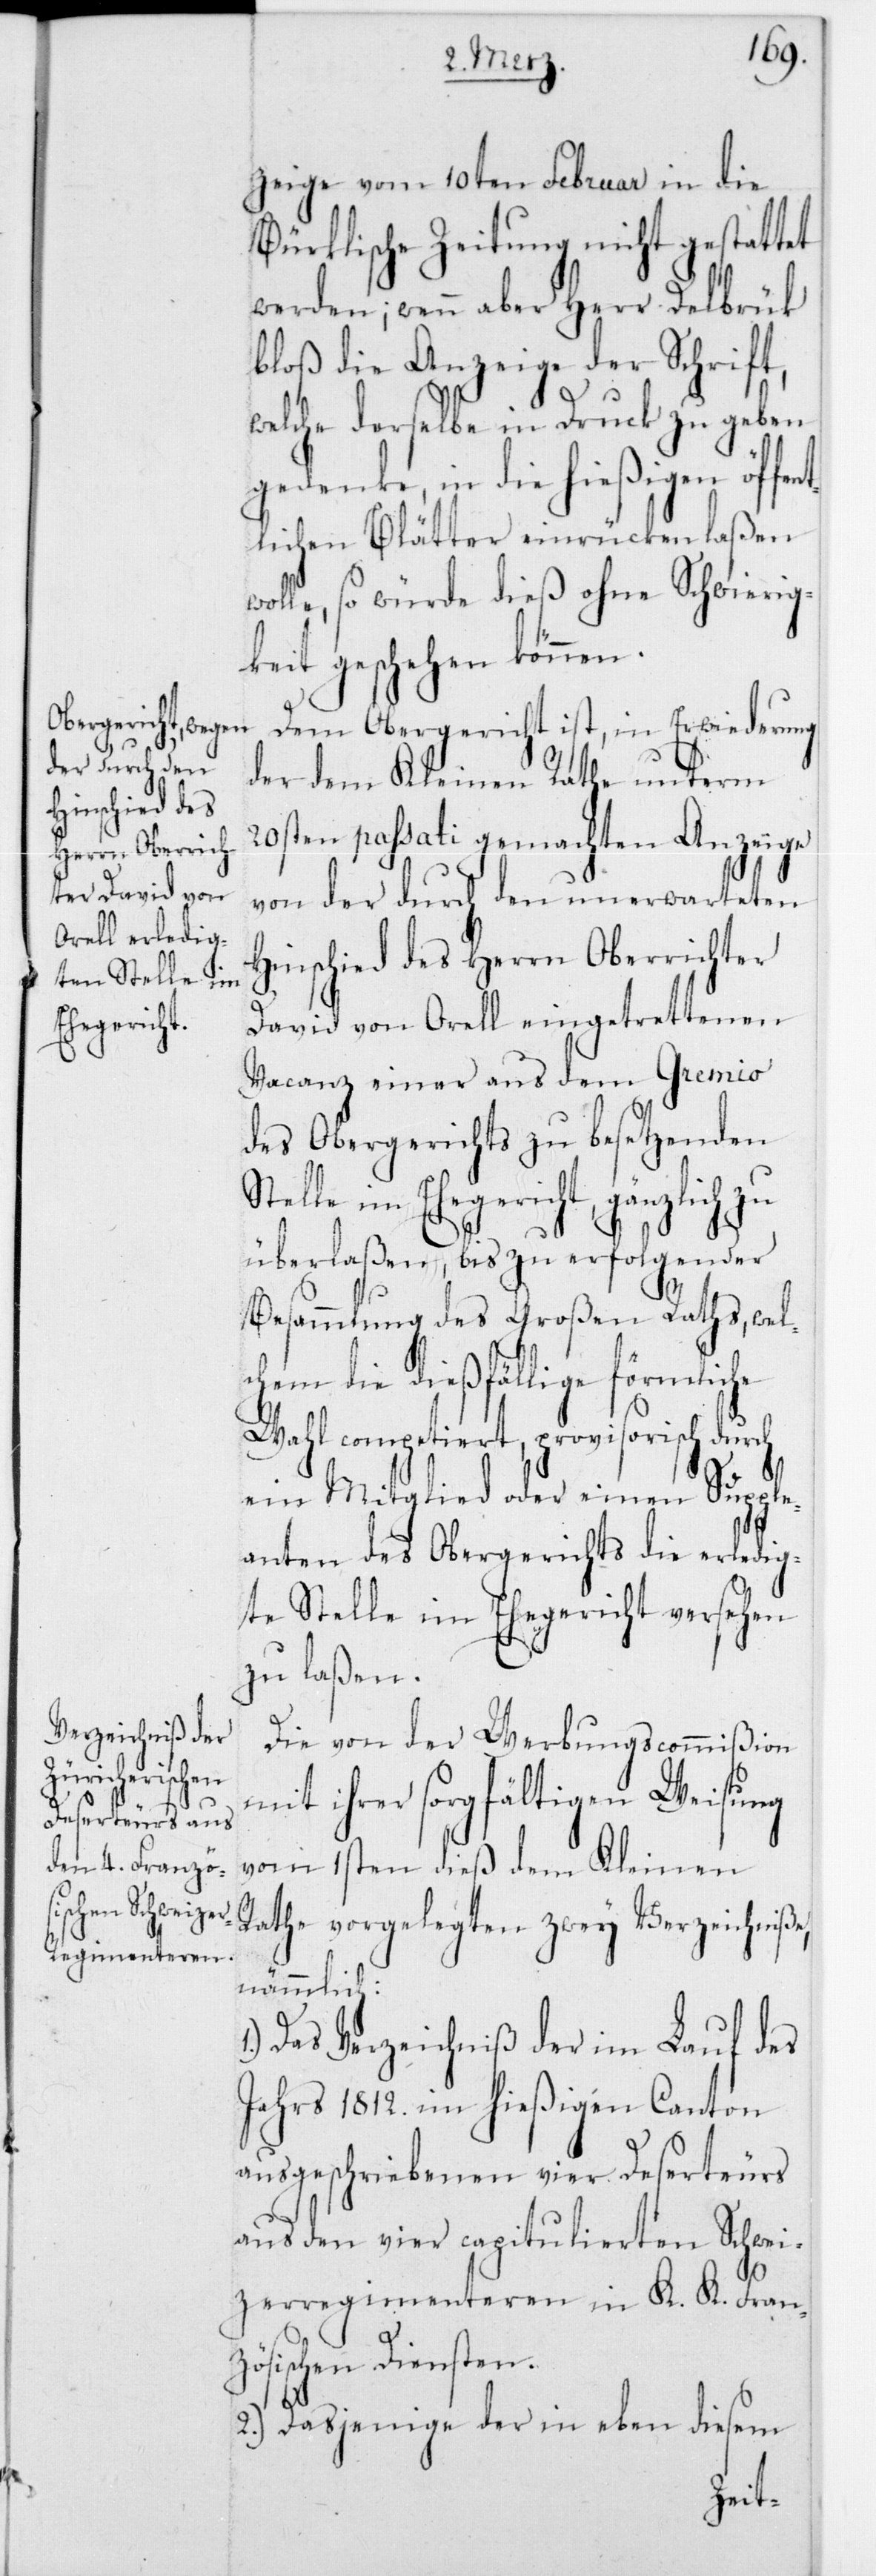
zeige vom 10ten Februar in die
Bürklische Zeitung nicht gestattet
werden; wenn aber Herr Delbrück
bloß die Anzeige der Schrift,
welche derselbe in Druck zu geben
gedenke, in die hießigen öffen¬
tlichen Blätter einrücken laßen
wolle, so würde dieß ohne Schwierigke¬
iten geschehen können.
Dem Obergericht ist, in Erwiederung
der dem Kleinen Rathe unterm
20sten passati gemachten Anzeige
von der durch den unerwarteten
Hinschied des Herrn Oberrichter
David von Orell eingetrettenen
Vacanz einer aus dem Gremio
des Obergerichts zu besetzenden
Stelle im Ehegericht, gänzlich zu
überlaßen, bis zu erfolgender
Besammlung des Großen Raths, welc¬
hem die dießfällige förmlic¬
Wahl competiert, provisorisch durch
ein Mitglied oder einen Supple¬
anten des Obergerichts die erledig¬
te Stelle im Ehegericht versehen
zu laßen.
Die von der Werbungscommißion
mit ihrer sorgfältigen Weisung
he
vom 1sten dieß dem Kleinen
Rathe vorgelegten zwey Verzeichniße,
nämmlich:
Das Verzeichniß der im Lauf des
Jahrs 1812 im hießigen Canton
ausgeschriebenen vier Deserteurs
aus den vier capitulierten Schwei¬
zerregimenteren in K. K. Fran¬
zösischen Diensten.
2.) Dasjenige der in eben diesem